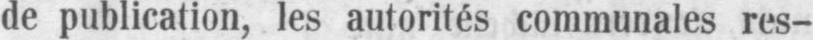
de publication, les autorités communale res-